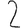
Digit: 2